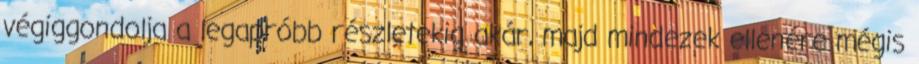
végiggondolja a legapróbb részletekig akár, majd mindezek ellenére mégis